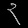
Digit: ၃